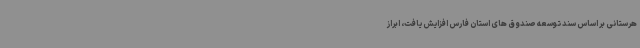
هرستانی بر اساس سند توسعه صندوق های استان فارس افزایش یافت، ابراز